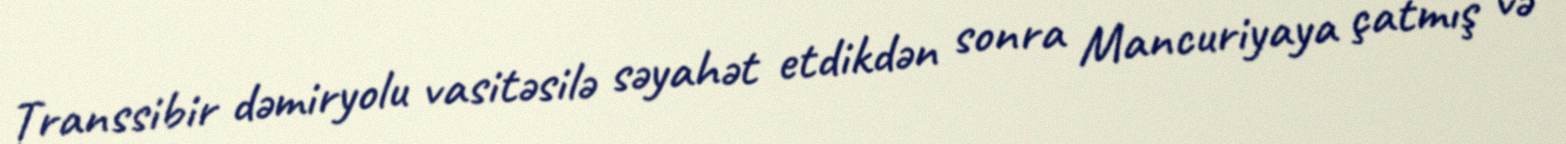
Transsibir dəmiryolu vasitəsilə səyahət etdikdən sonra Mancuriyaya çatmış və